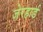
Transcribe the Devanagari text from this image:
जेरहार्ड